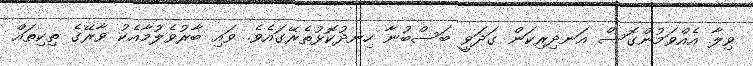
ވިލާ އެއްވަމުންގޮސް އަނދިރިކަން ގަދަވީ ބަސްބުނާ ހިނދުކޮޅުތެރޭގައެވެ. ވައި ބާރުވެލުމާއެކު ވާރޭގެ ތިކިތައް